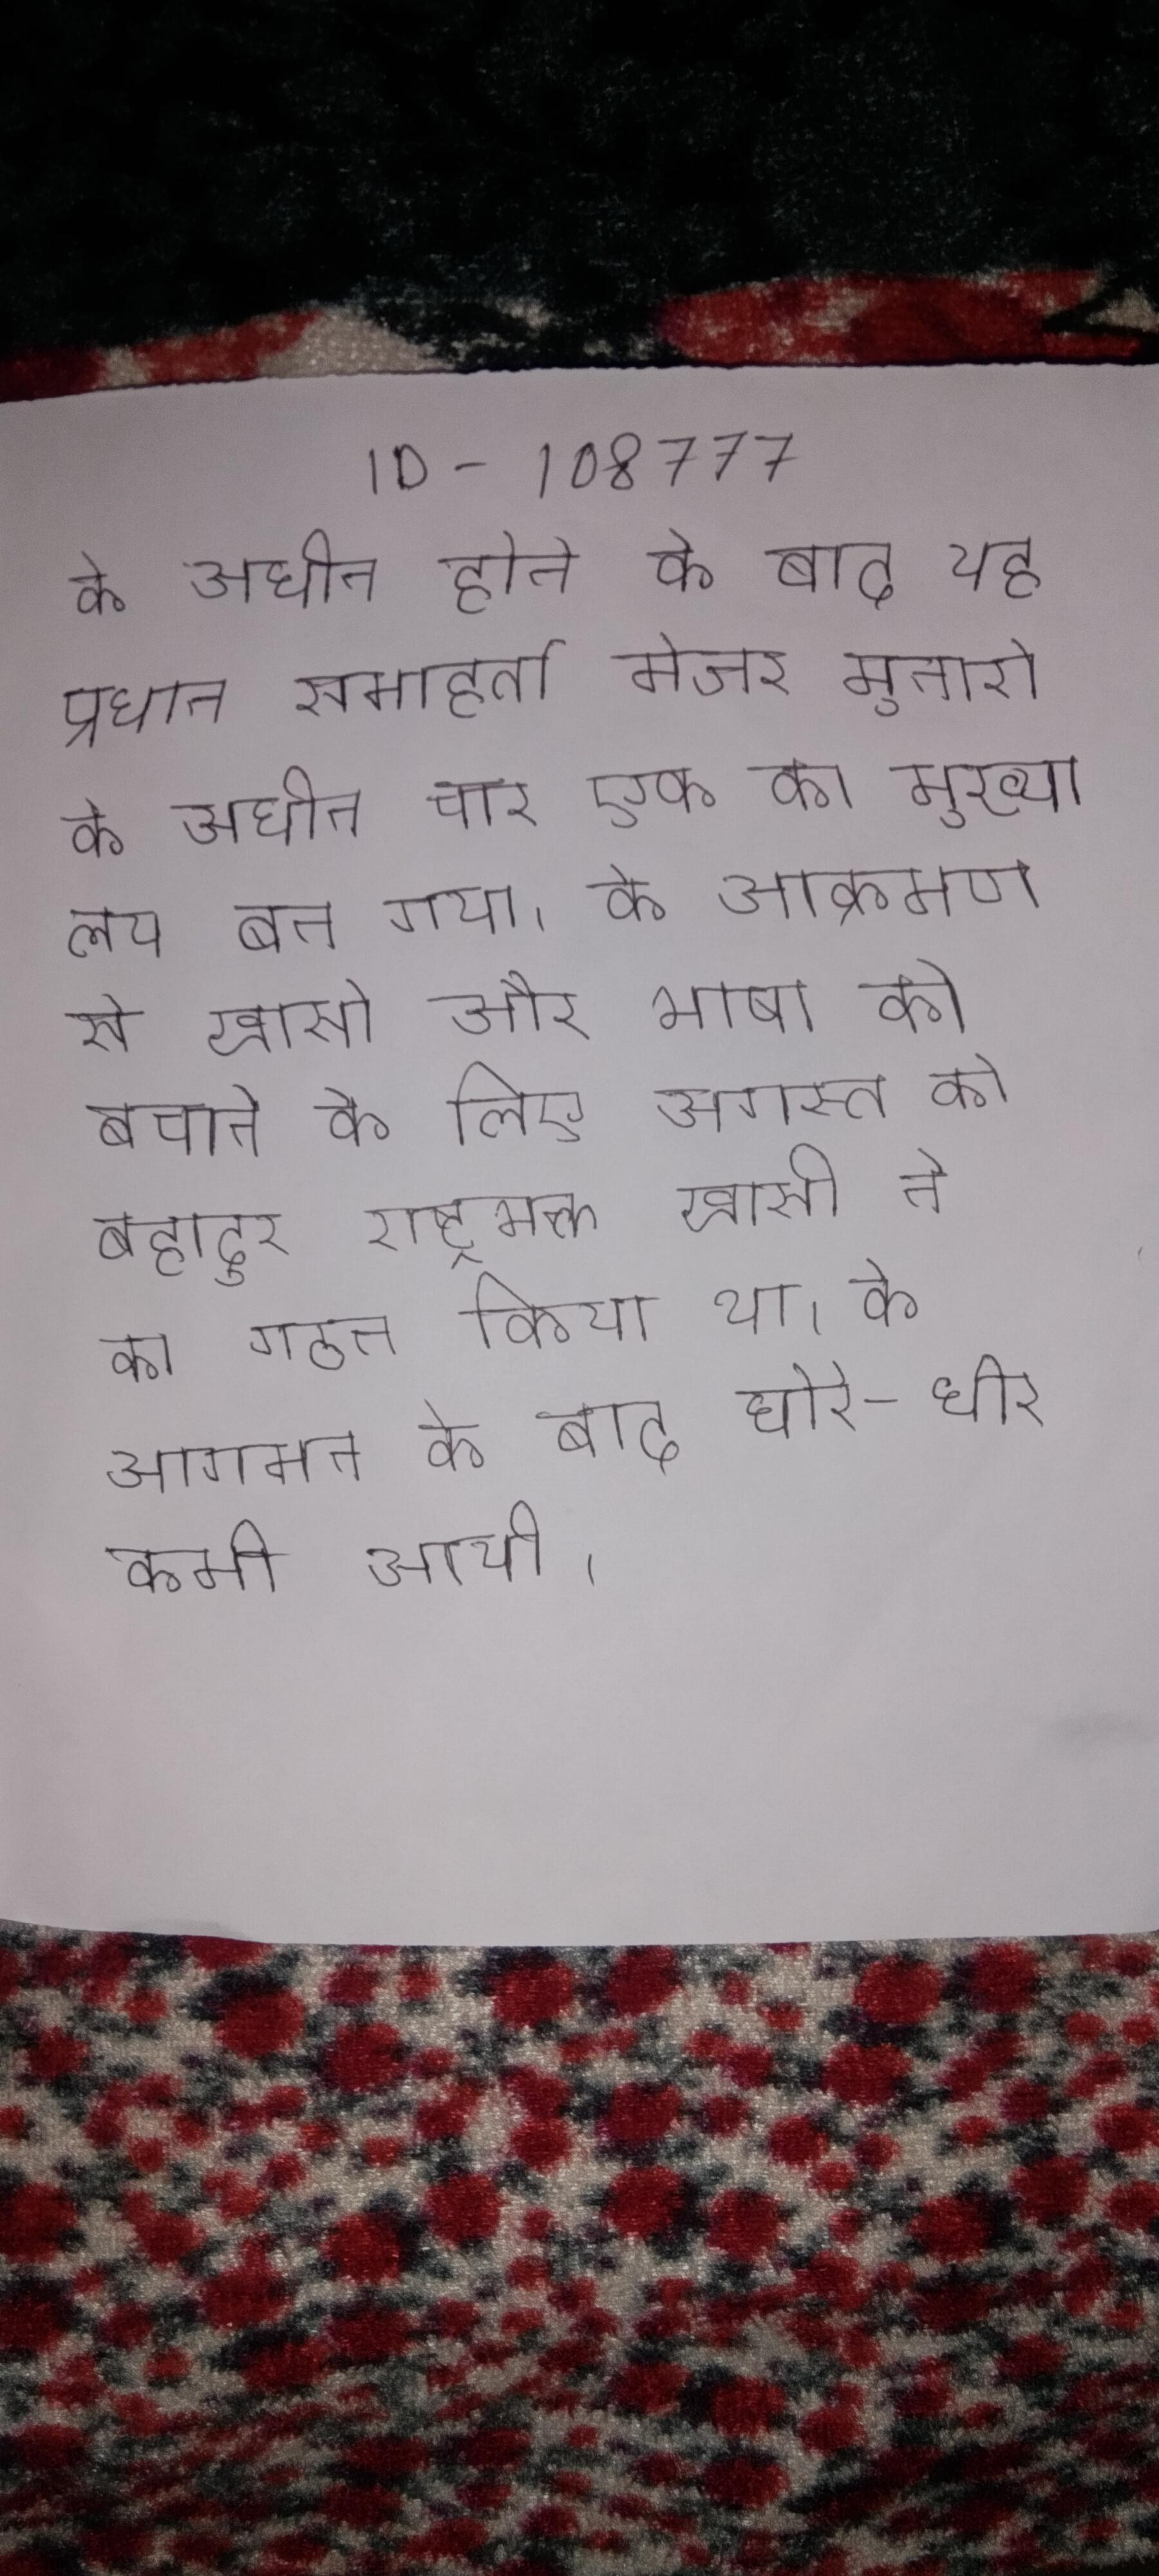
के अधीन होने के बाद यह प्रधान समाहर्ता मेजर मुनरो के अधीन चार एक का मुख्यालय बन गया । के आक्रमण से खासी और भाषा को बचाने के लिए अगस्त को बहादुर राष्ट्रभक्त खासी ने का गठन किया था । के आगमन के बाद धीरे-धीरे कमी आयी ।